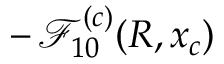
- \, \mathcal { F } _ { 1 0 } ^ { ( c ) } ( R , x _ { c } )